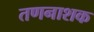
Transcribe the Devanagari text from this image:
तणनाशक